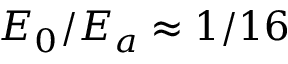
E _ { 0 } / E _ { a } \approx 1 / 1 6